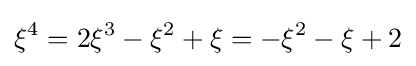
\xi ^{4}=2\xi ^{3}-\xi ^{2}+\xi =-\xi ^{2}-\xi +2